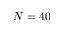
N = 4 0